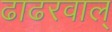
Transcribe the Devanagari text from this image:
ढाढरवाल्